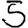
Digit: 5